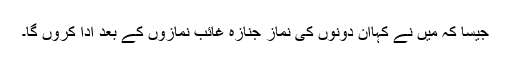
جیسا کہ مَیں نے کہاان دونوں کی نمازِ جنازہ غائب نمازوں کے بعد ادا کروں گا۔